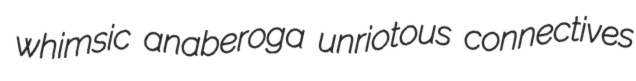
whimsic anaberoga unriotous connectives